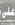
على